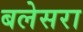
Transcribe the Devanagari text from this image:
बलेसरा